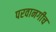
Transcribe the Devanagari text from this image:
परवानगीच